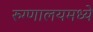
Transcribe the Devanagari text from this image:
रुग्णालयमध्ये